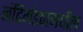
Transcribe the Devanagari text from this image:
नंदिमंडपामधील